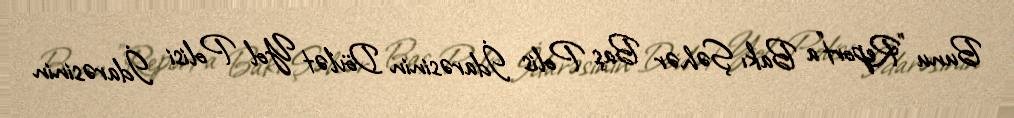
Bunu "Report"a Bakı Şəhər Baş Polis İdarəsinin Dövlət Yol Polisi İdarəsinin